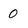
Character: 0